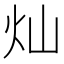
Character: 灿